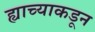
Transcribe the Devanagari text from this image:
ह्याच्याकडून